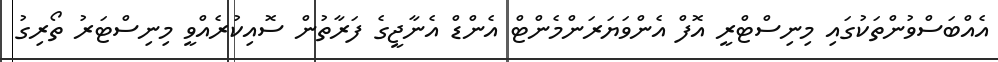
އެއްބަސްވުންތަކުގައި މިނިސްޓްރީ އޮފް އެންވަޔަރަންމެންޓް އެންޑް އެނާޖީގެ ފަރާތުން ސޮއިކުރެއްވީ މިނިސްޓަރު ތޯރިގު